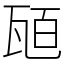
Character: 瓸